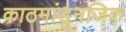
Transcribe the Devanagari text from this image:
काठमांडूनजिक